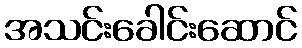
အသင်းခေါင်းဆောင်